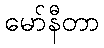
မော်နီတာ